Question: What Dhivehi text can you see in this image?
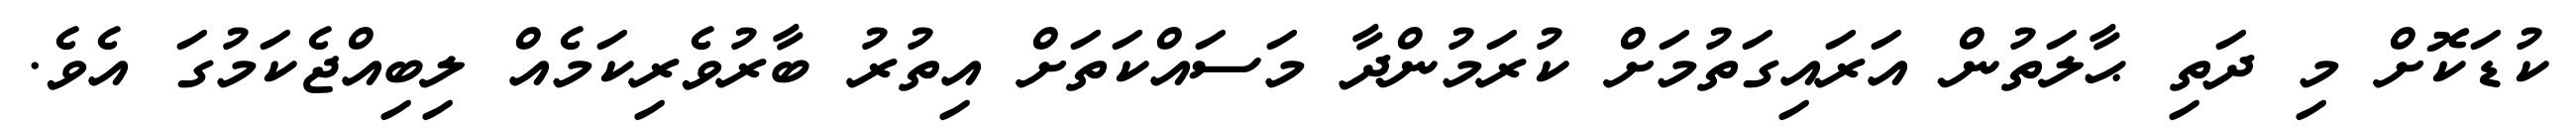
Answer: ކުޑަކޮށް މި ދަތި ޙާލަތުން އަރައިގަތުމަށް ކުރަމުންދާ މަސައްކަތަށް އިތުރު ބާރުވެރިކަމެއް ލިބިއްޖެކަމުގަ އެވެ.